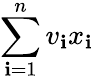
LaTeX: \sum_{\mathbf{i}=1}^{n}v_{\mathbf{i}}x_{\mathbf{i}}